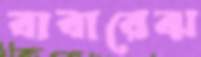
বাবারেঝ